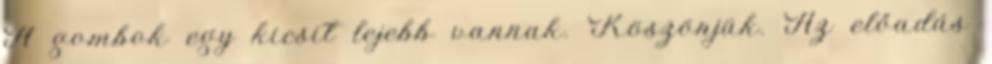
A gombok egy kicsit lejebb vannak. Köszönjük. Az előadás